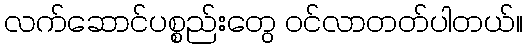
လက်ဆောင်ပစ္စည်းတွေ ဝင်လာတတ်ပါတယ်။